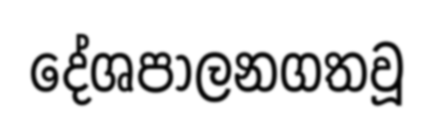
දේශපාලනගතවූ